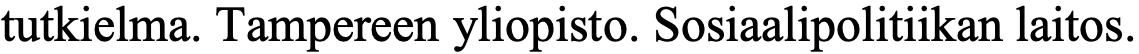
tutkielma. Tampereen yliopisto. Sosiaalipolitiikan laitos.